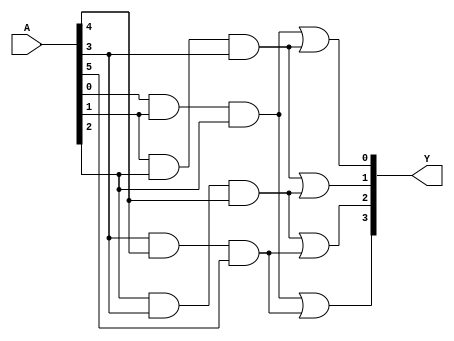
module jewel_pal (
    input wire [N-1:0] A,  // Input signals (A, B, C, ..., N)
    output wire [M-1:0] Y   // Output signals (Y1, Y2, ..., Ym)
);

// Parameter definitions
parameter N = 8; // Number of inputs
parameter M = 4; // Number of outputs
parameter AND_GATE_COUNT = 4; // Number of programmable AND gates
parameter AND_INPUTS = 3; // Number of inputs to each AND gate

// Internal signals for AND gate outputs
wire [AND_GATE_COUNT-1:0] and_out;

// Programmable AND array
// Each AND gate can be programmed to connect inputs A[0] to A[N-1]
genvar i, j;
generate
    for (i = 0; i < AND_GATE_COUNT; i = i + 1) begin : and_gates
        wire [AND_INPUTS-1:0] and_inputs; // Inputs to the AND gate
        // Example programming: Connect specific inputs to each AND gate
        assign and_inputs[0] = A[i]; // Connect A[i] to AND gate i
        assign and_inputs[1] = A[(i+1) % N]; // Connect A[(i+1)%N] to AND gate i
        assign and_inputs[2] = A[(i+2) % N]; // Connect A[(i+2)%N] to AND gate i
        
        // AND gate implementation
        assign and_out[i] = and_inputs[0] & and_inputs[1] & and_inputs[2];
    end
endgenerate

// Fixed OR array
// Each output is driven by one or more AND gate outputs
assign Y[0] = and_out[0] | and_out[1]; // Y1 is driven by AND gate 0 and 1
assign Y[1] = and_out[1] | and_out[2]; // Y2 is driven by AND gate 1 and 2
assign Y[2] = and_out[2] | and_out[3]; // Y3 is driven by AND gate 2 and 3
assign Y[3] = and_out[0] | and_out[3]; // Y4 is driven by AND gate 0 and 3

endmodule